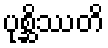
ပုစ္ဆိဿတိ